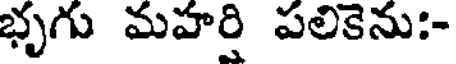
భృగు మహర్తి పలికెను:-